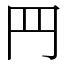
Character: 䍏